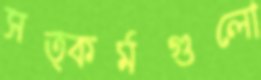
সত্কর্মগুলো